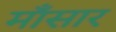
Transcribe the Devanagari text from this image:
माँसार